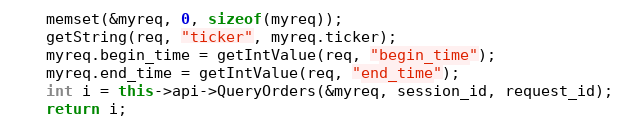
Language: C++
	memset(&myreq, 0, sizeof(myreq));
	getString(req, "ticker", myreq.ticker);
	myreq.begin_time = getIntValue(req, "begin_time");
	myreq.end_time = getIntValue(req, "end_time");
	int i = this->api->QueryOrders(&myreq, session_id, request_id);
	return i;